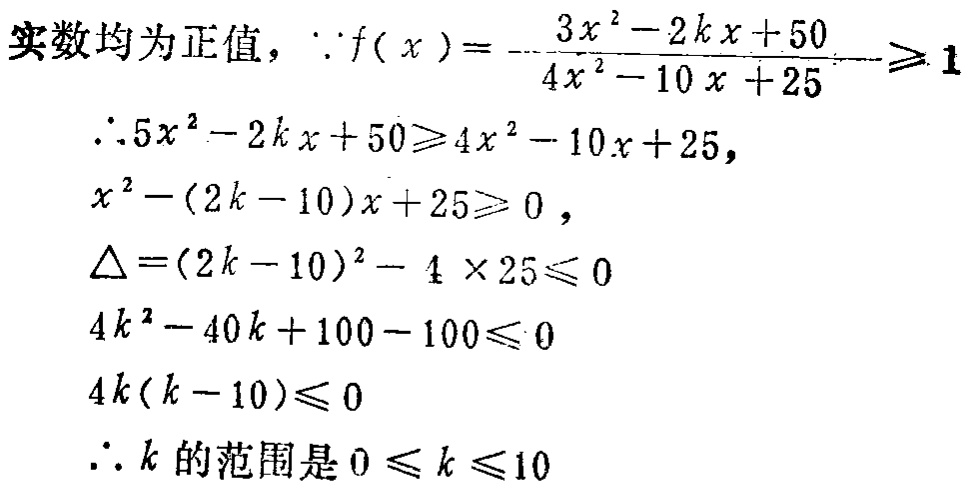
实数均为正值，\(\because f(x)=\frac{3x^{2}-2kx + 50}{4x^{2}-10x + 25}\geqslant1\)
\(\therefore 5x^{2}-2kx + 50\geqslant4x^{2}-10x + 25\)，
\(x^{2}-(2k - 10)x + 25\geqslant0\)，
\(\Delta=(2k - 10)^{2}-4\times25\leqslant0\)
\(4k^{2}-40k + 100 - 100\leqslant0\)
\(4k(k - 10)\leqslant0\)
\(\therefore k\)的范围是\(0\leqslant k\leqslant10\)